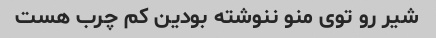
شیر رو توی منو ننوشته بودین کم چرب هست